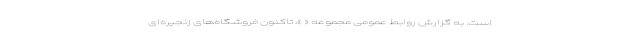
است. به گزارش روابط عمومی مجموعه « »، تاکنون فروشگاه‌های زنجیره‌ای